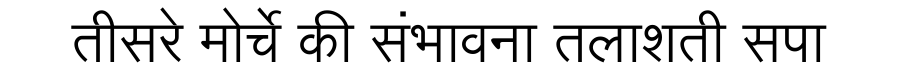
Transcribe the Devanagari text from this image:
तीसरे मोर्चे की संभावना तलाशती सपा